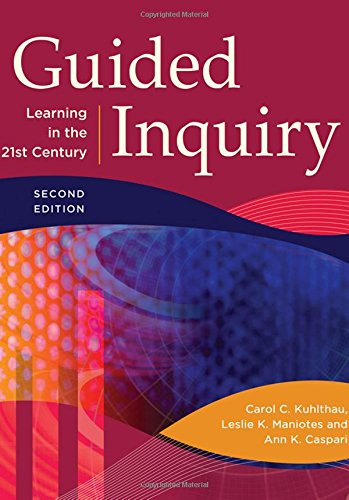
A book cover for Guided Inquiry: Learning in the 21st Century, 2nd Edition; Carol C. Kuhlthau; Politics & Social Sciences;